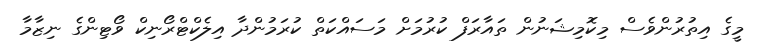
މީގެ އިތުރުންވެސް މިކޮމިޝަނުން ތައާރަފް ކުރުމަށް މަސައްކަތް ކުރަމުންދާ އިލެކްޓްރޯނިކް ވޯޓިންގެ ނިޒާމާ